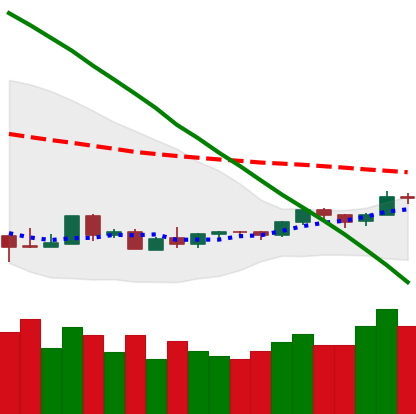
Ticker: LTC-USD
Chart end date: 2018-09-02
Forward return: -14.397%
Label: down_7plus